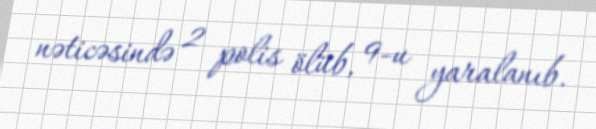
nəticəsində 2 polis ölüb, 9-u yaralanıb.